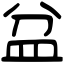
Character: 盆